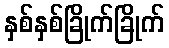
နှစ်နှစ်ခြိုက်ခြိုက်